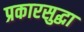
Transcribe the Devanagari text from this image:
प्रकारसुद्घा